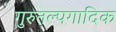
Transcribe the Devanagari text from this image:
गुरुतल्पगादिक